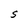
Character: S